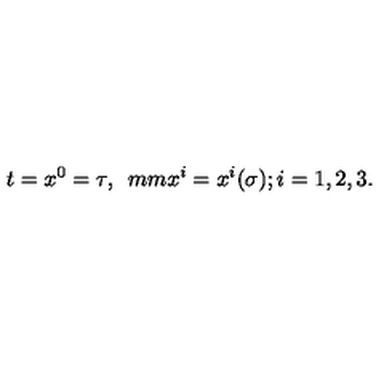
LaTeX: t = x ^ { 0 } = \tau , \hspace * { 5 m m } x ^ { i } = x ^ { i } ( \sigma ) ; i = 1 , 2 , 3 .